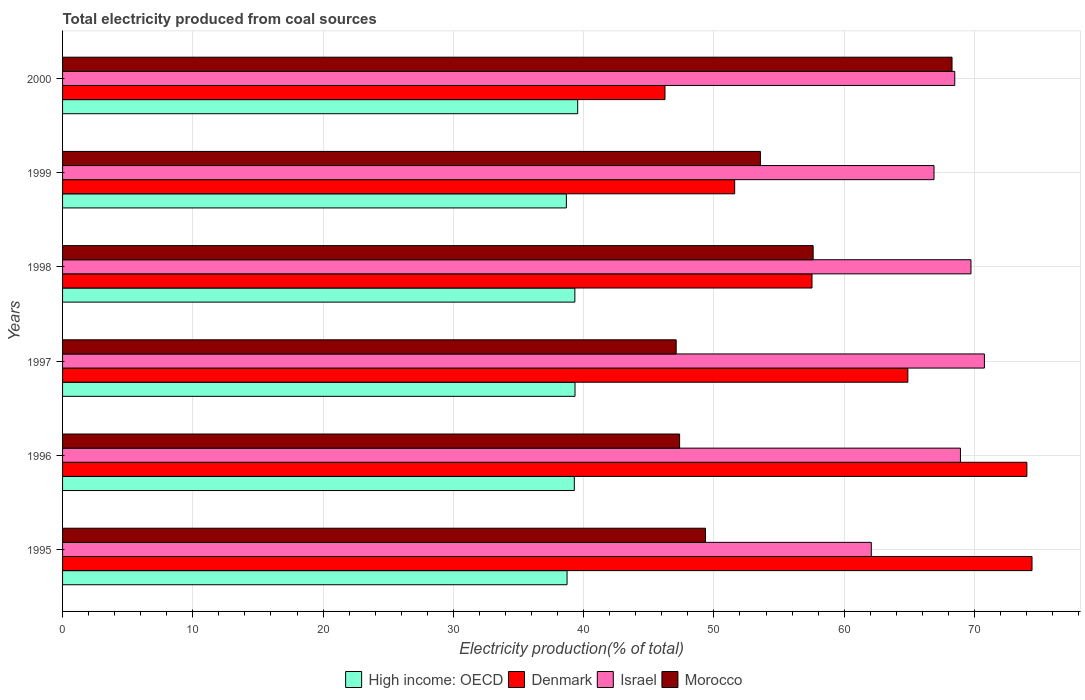
| Years | High income: OECD | Denmark | Israel | Morocco |
 | --- | --- | --- | --- | --- |
 | 1995 | 38.7 | 74.4 | 62.1 | 49.4 |
 | 1996 | 39.3 | 74 | 68.9 | 47.4 |
 | 1997 | 39.3 | 64.9 | 70.8 | 47.1 |
 | 1998 | 39.3 | 57.5 | 69.7 | 57.6 |
 | 1999 | 38.7 | 51.6 | 66.9 | 53.6 |
 | 2000 | 39.5 | 46.2 | 68.5 | 68.3 |